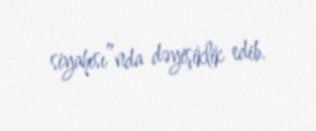
siyahısı”nda dəyişiklik edib.